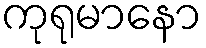
ကုရုမာနော